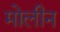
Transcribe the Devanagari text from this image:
मोलीन